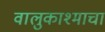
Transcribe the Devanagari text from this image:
वालुकाश्माचा